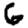
Digit: 6